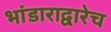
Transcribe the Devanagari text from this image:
भांडाराद्वारेच